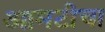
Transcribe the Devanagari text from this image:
आमटीचा